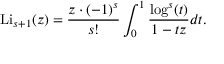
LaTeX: \operatorname { L i } _ { s + 1 } ( z ) = { \frac { z \cdot ( - 1 ) ^ { s } } { s ! } } \int _ { 0 } ^ { 1 } { \frac { \log ^ { s } ( t ) } { 1 - t z } } d t .